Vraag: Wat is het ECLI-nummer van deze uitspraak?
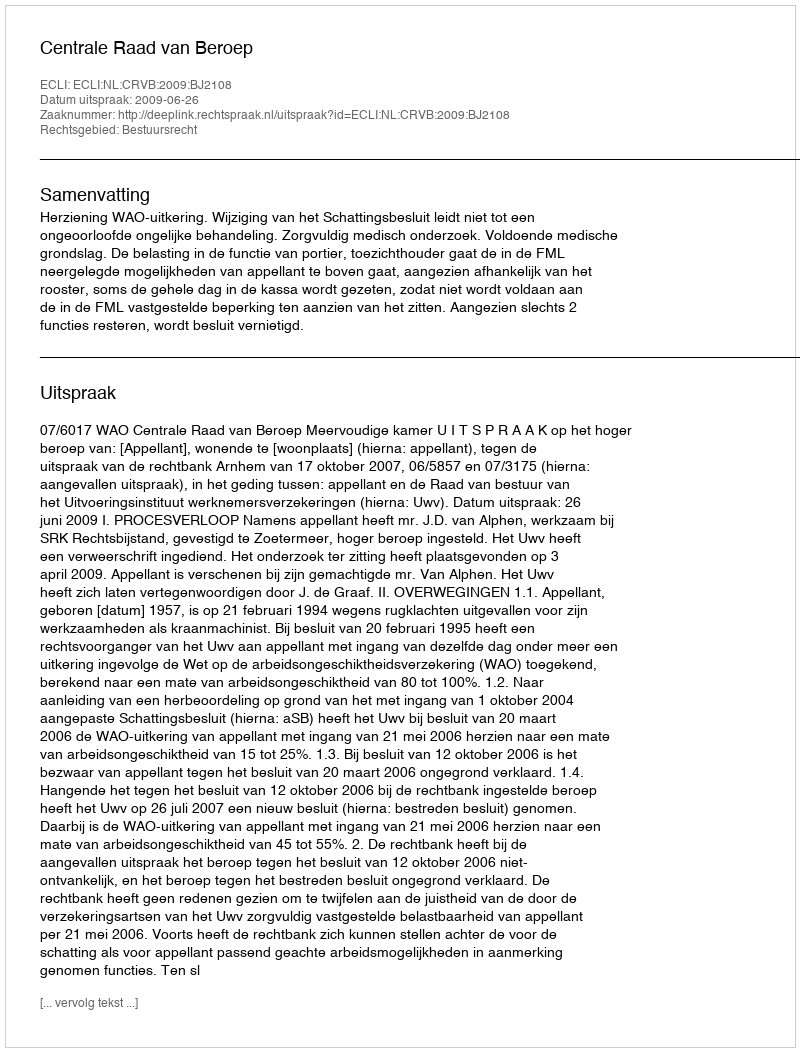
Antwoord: ECLI:NL:CRVB:2009:BJ2108